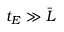
t _ { E } \gg \bar { L }